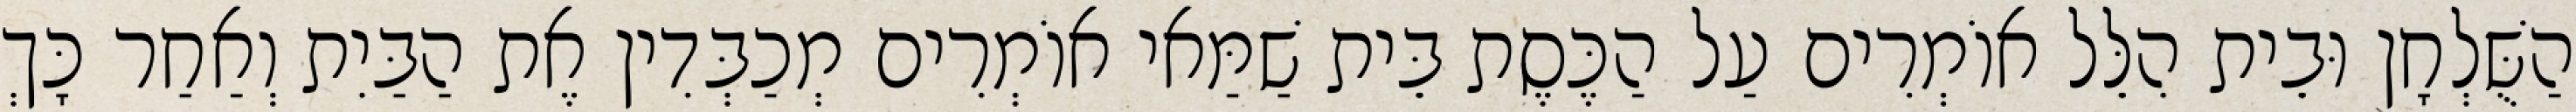
הַשֻּׁלְחָן וּבֵית הִלֵּל אוֹמְרִים עַל הַכֶּסֶת בֵּית שַׁמַּאי אוֹמְרִים מְכַבְּדִין אֶת הַבַּיִת וְאַחַר כָּךְ